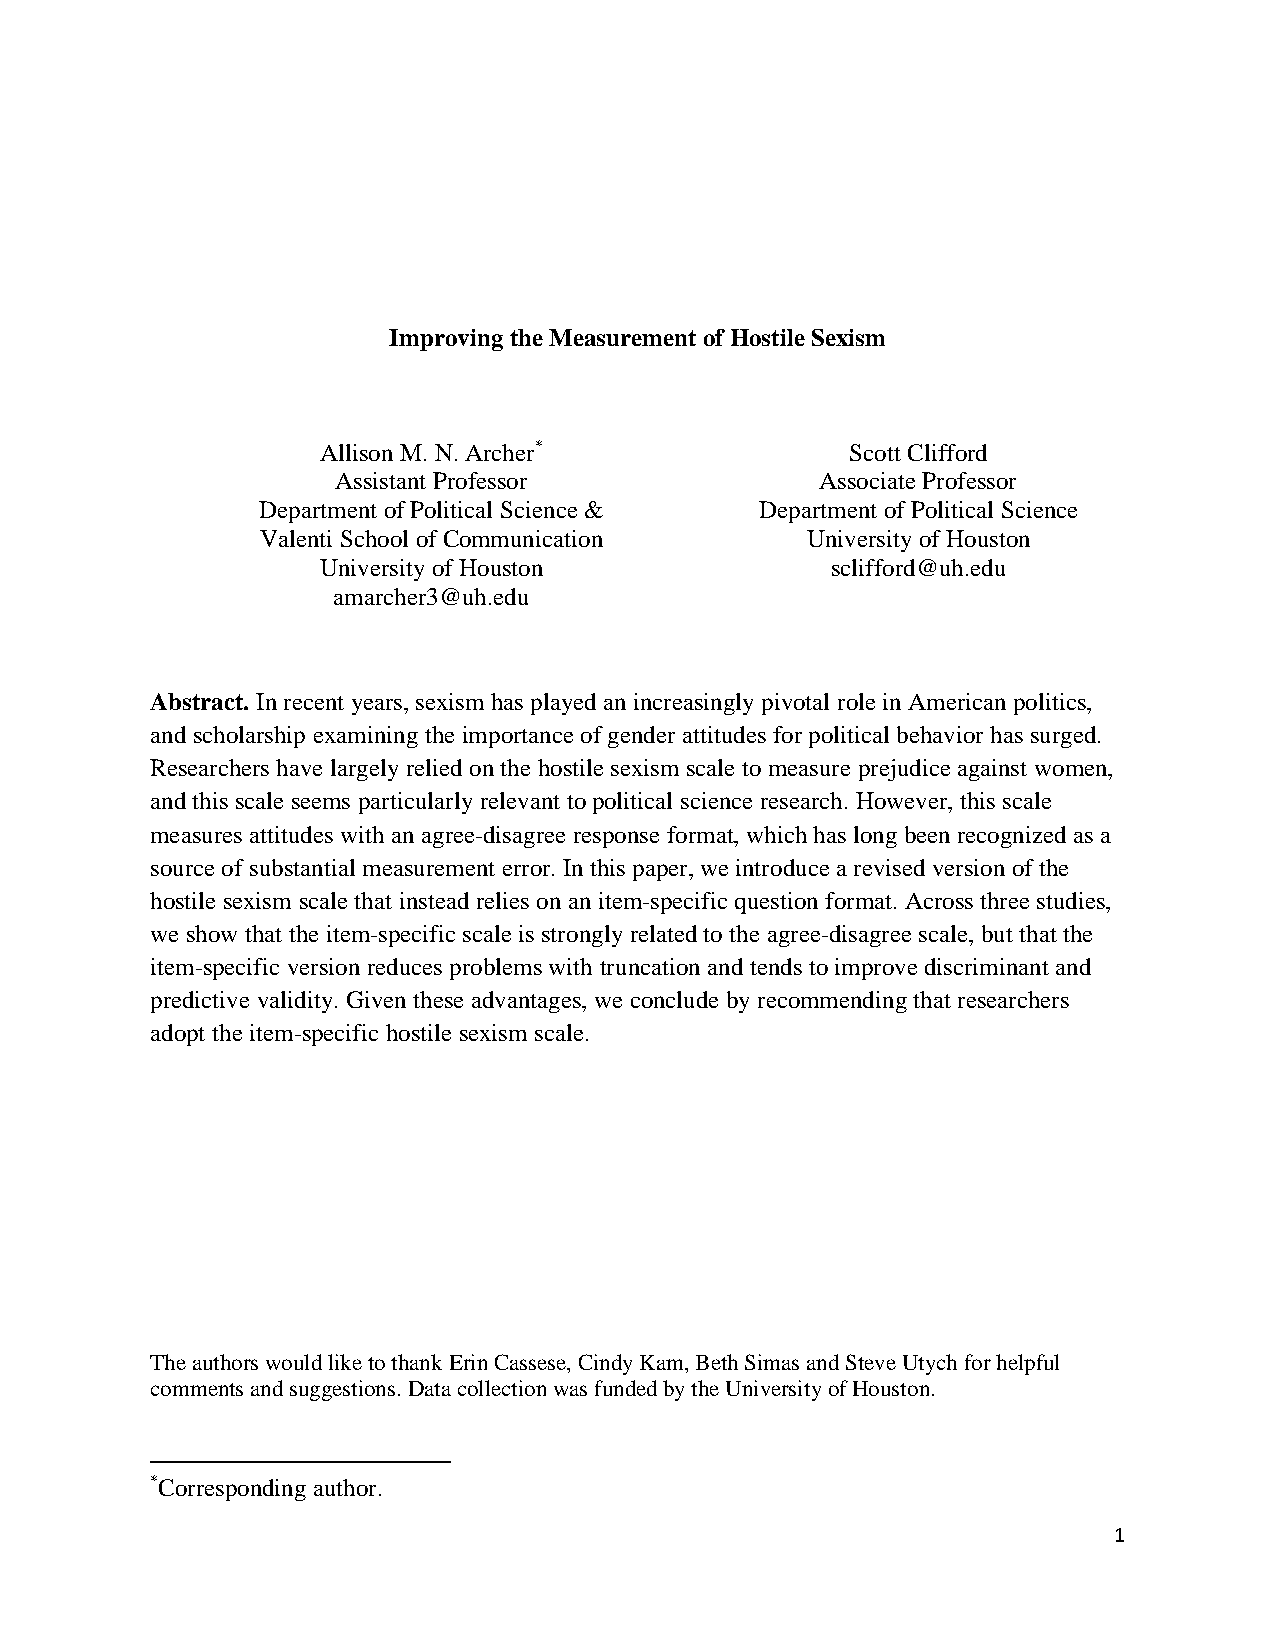
Improving the Measurement of Hostile Sexism
 Allison M. N. Archer*              Scott Clifford
 Assistant Professor             Associate Professor
 Department of Political Science & Department of Political Science
 Valenti School of Communication     University of Houston
 University of Houston             sclifford@uh.edu
 amarcher3 @uh.edu
 Abstract. In recent years, sexism has played an increasingly pivotal role in American politics,
 and scholarship examining the importance of gender attitudes for political behavior has surged.
 Researchers have largely relied on the hostile sexism scale to measure prejudice against women,
 and this scale seems particularly relevant to political science research. However, this scale
 measures attitudes with an agree-disagree response format, which has long been recognized as a
 source of substantial measurement error. In this paper, we introduce a revised version of the
 hostile sexism scale that instead relies on an item-specific question format. Across three studies,
 we show that the item-specific scale is strongly related to the agree-disagree scale, but that the
 item-specific version reduces problems with truncation and tends to improve discriminant and
 predictive validity. Given these advantages, we conclude by recommending that researchers
 adopt the item-specific hostile sexism scale.
 The authors would like to thank Erin Cassese, Cindy Kam, Beth Simas and Steve Utych for helpful
 comments and suggestions. Data collection was funded by the University of Houston.
 *Corresponding author.
 1